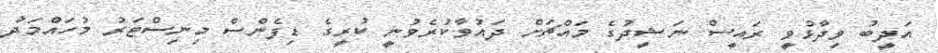
އަދީބު ވިދާޅުވީ ރައީސް ނަޝީދުގެ މައްޗަށް ދައުވާކުރެވުނީ ކުރީގެ ޑިފެންސް މިނިސްޓަރު މުހައްމަދު